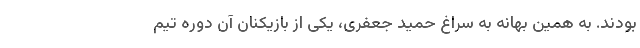
بودند. به همین بهانه به سراغ حمید جعفری، یکی از بازیکنان آن دوره تیم